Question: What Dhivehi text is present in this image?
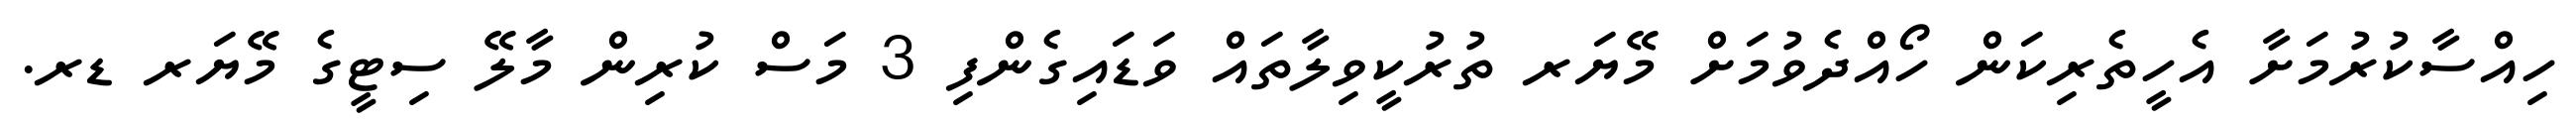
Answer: ހިއްސާކުރުމަށާ އެހީތެރިކަން ހޯއްދެވުމަށް މޭޔަރ ތުރުކީވިލާތައް ވަޑައިގެންފި 3 މަސް ކުރިން މާލޭ ސިޓީގެ މޭޔަރ ޑރ.